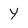
Character: Y